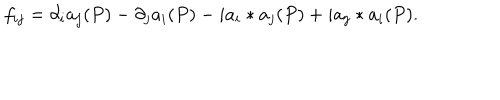
LaTeX: f _ { i j } = \partial _ { i } a _ { j } ( P ) - \partial _ { j } a _ { i } ( P ) - i a _ { i } * a _ { j } ( P ) + i a _ { j } * a _ { i } ( P ) .